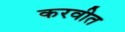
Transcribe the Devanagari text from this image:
करवीत